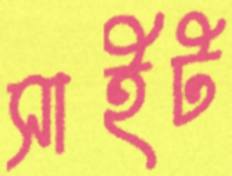
সাইট